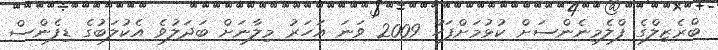
ބްރެޒިލްގެ ފްލެމިނެންސަށް ކުޅުމަށްފަހު 2009 ވަނަ އަހަރު މިލާނަށް ބަދަލުވެ އެކުލަބުގެ ޑިފެންސް